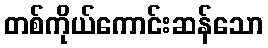
တစ်ကိုယ်ကောင်းဆန်သော